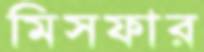
মিসফার